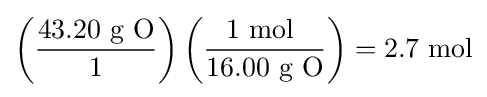
\left({\frac {43.20{\mbox{ g O}}}{1}}\right)\left({\frac {1{\mbox{ mol }}}{16.00{\mbox{ g O}}}}\right)=2.7\ {\text{mol}}